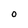
Character: 0